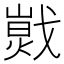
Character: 𢧾